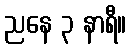
ညနေ ၃ နာရီ။